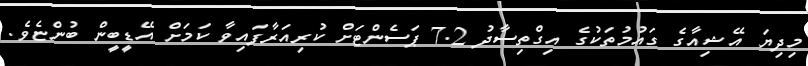
މިދިޔަ އޭޝިއާގެ ގައުމުތަކުގެ އިގްތިސާދު 7.2 ޕަސެންޓަށް ކުރިއަރާފައިވާ ކަމަށް އޭޑީބީން ބުންޏެވެ.